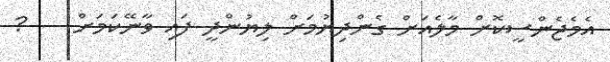
އެމެޖެންސީކޮށް މާލެއަށް ގެންދިޔުމަށް ލިޔުންދީ ފައި ވާނޭކަމަށް    ?